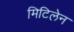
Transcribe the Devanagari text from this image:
मिटिलेन